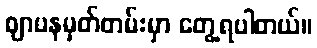
ဈာပနမှတ်တမ်းမှာ တွေ့ရပါတယ်။